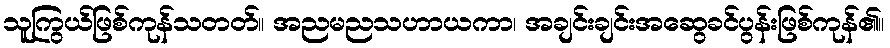
သူကြွယ်ဖြစ်ကုန်သတတ်။ အညမညသဟာယကာ၊ အချင်းချင်းအဆွေခင်ပွန်းဖြစ်ကုန်၏။